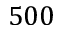
5 0 0